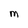
Character: M